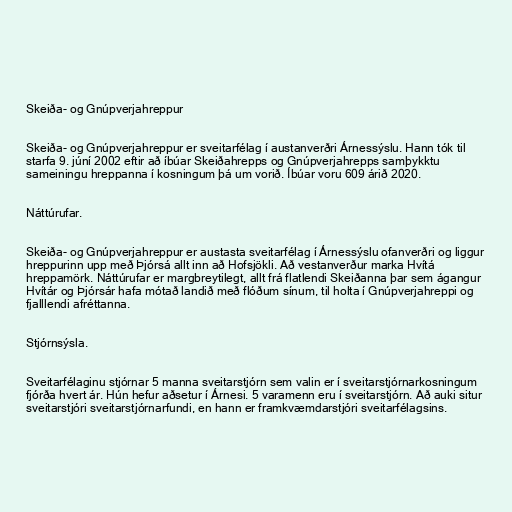
Skeiða- og Gnúpverjahreppur

Skeiða- og Gnúpverjahreppur er sveitarfélag í austanverðri Árnessýslu. Hann tók til
starfa 9. júní 2002 eftir að íbúar Skeiðahrepps og Gnúpverjahrepps samþykktu
sameiningu hreppanna í kosningum þá um vorið. Íbúar voru 609 árið 2020.

Náttúrufar.

Skeiða- og Gnúpverjahreppur er austasta sveitarfélag í Árnessýslu ofanverðri og liggur
hreppurinn upp með Þjórsá allt inn að Hofsjökli. Að vestanverður marka Hvítá
hreppamörk. Náttúrufar er margbreytilegt, allt frá flatlendi Skeiðanna þar sem ágangur
Hvítár og Þjórsár hafa mótað landið með flóðum sínum, til holta í Gnúpverjahreppi og
fjalllendi afréttanna.

Stjórnsýsla.

Sveitarfélaginu stjórnar 5 manna sveitarstjórn sem valin er í sveitarstjórnarkosningum
fjórða hvert ár. Hún hefur aðsetur í Árnesi. 5 varamenn eru í sveitarstjórn. Að auki situr
sveitarstjóri sveitarstjórnarfundi, en hann er framkvæmdarstjóri sveitarfélagsins.